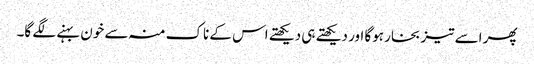
پھر اسے تیز بخار ہوگا اور دیکھتے ہی دیکھتے اس کے ناک منہ سے خون بہنے لگے گا۔